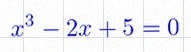
x^3-2x+5=0